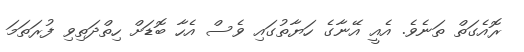
ރޮއެގަތް ތަނެވެ. އެއީ އޭނާގެ ހަޔާތުގައި ވެސް އެހާ ބޮޑަށް ހިތްދަތިވި ފުރަތަމަ